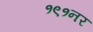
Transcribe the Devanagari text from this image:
१९१नर